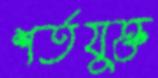
শর্তযুক্ত